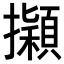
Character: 𢹃